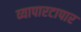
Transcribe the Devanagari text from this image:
व्यापारटापार